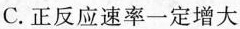
C.正反应速率一定增大